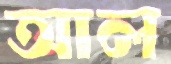
আল